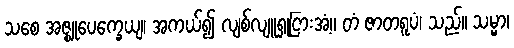
သစေ အဇ္ဈုပေက္ခေယျ၊ အကယ်၍ လျစ်လျူရှုငြားအံ့။ တံ ဇာတရူပံ၊ သည်။ သမ္မာ၊